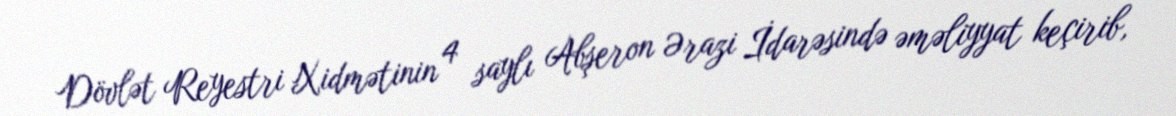
Dövlət Reyestri Xidmətinin 4 saylı Abşeron Ərazi İdarəsində əməliyyat keçirib,